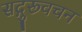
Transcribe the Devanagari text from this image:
सद्गुरूवचन